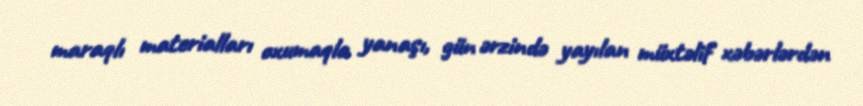
maraqlı materialları oxumaqla yanaşı, gün ərzində yayılan müxtəlif xəbərlərdən